Medical and sanitary report of the native army of Bengal for the year
Year: 1874
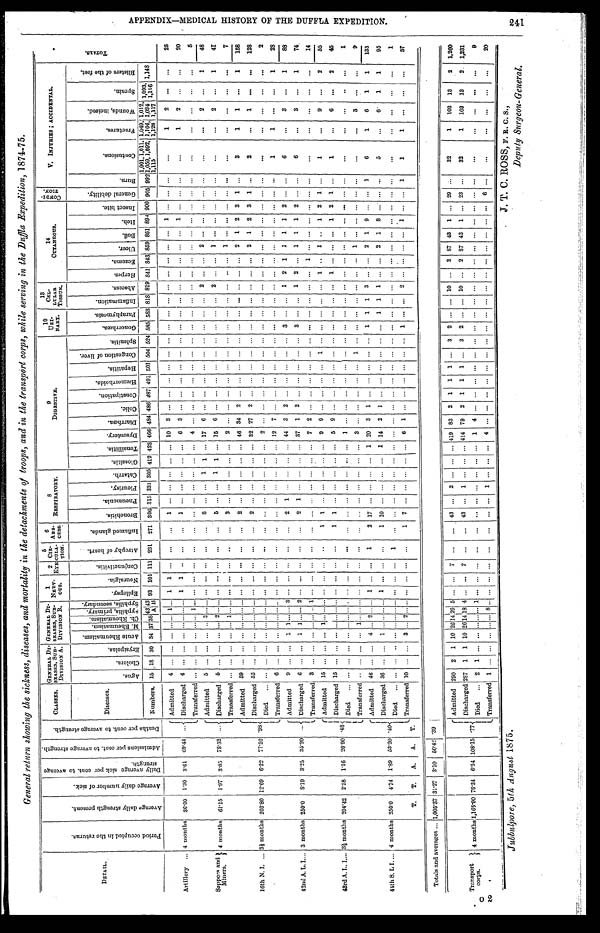
General return showing the sickness, diseases, and mortality in the detachments of troops, and in the transport cops, while serving in the Duffla Expedition, 1874-75.
DETAIL.
P e r i o d o c c u p i e d i n t h e r e t u e n s .
A v e r a g e d a i l y s t r e n g t h p r e s e n t .
A v e r a g e d a i l y n u m b e r o f s i c k .
D a i l y a v e r a g e s i c k p e r c o n t . t o a v e r a g e s t r e n g t h .
A d m i s s i o n s p e r c e n t . t o a v e r a g e s t r e n g t h .
D e a t h s p e r c e n t . t o a v e r a g e s t r e n g t h . CLASSES.
GENERAL DI - SEASES, SUB- DI VI SI ON A. GENERAL DI - SEASES, SUB- DI VI SI ON B. 1 N E R V - O U S .
2 EYE.
5 C I R - C U L A - T I O N . 6 A B S - C E S S .
8 R E S P I R A T O R Y .
9 D I G E S T I V E .
10 URI - NARY.
13 C E L - L U L A R T I S S U E .
14 CUT ANE OUS .
C O N D I T I O N .
V. INJURIES; ACCIDENTAL
.
Diseases.
Ag u e .
Chol e r a .
E r y s i p e l a s .
A c u t e R h e u m a t i s m .
M . R h e u m a t i s m .
C h . R h e u m a t i s m .
S y p h i l i s , p r i m a r y .
S y p h i l i s , s e c o n d a r y .
Epi l ops y. Ne ur a l gi a .
C o n j u n c t i v i t i s . A t r o p h y o f h e a r t . I n f l a me d g l a n d s .
B r o n c h i t i s . P n e u m o n i a . P l e u r i s y . C a t a r r h . G l o s s i t i s . T o n s i l l i t i s .
D y s e n t e r y . Di a r r h œa .
C o l i c .
C o n n s t i p a t i o n . H æ mo r r h o i d s .
He pa t i t i s .
C o n g e s t i o n o f l i v e .
S p l e n i t i s .
Go n o r r h œa . P a r a p h y m o s i s .
I n f l a m m a t i o n .
Abs c e s s . He r p e s . Ec z e ma . Ul c e r . Bo i l I t c h .
I n s e c t b i t e .
G e n e r a l d e b i l i t y .
Bur n.
C o n t u s i o n s .
F r a c t u r e s .
Wo u n d s , i n c i s e d .
Spr a i n.
B l i s t e r s o f t h e f e e t . T O T A L S .
Numbers. 15 18 30 34 37 38 43 A 43 B 93 101 111 231 271 306 315 331 305 412 423 466 484 486 487 491 501 504 524 585 588 818 819 841 843 859 861 894 900 905 992
1, 001, 1, 011, 1, 059, 1, 092, 1, 115 1, 049, 1, 104, 1, 128 1 , 0 1 2 , 1 , 0 9 4 1 , 1 1 7 1, 093, 1, 116 1,148
Artillery
4 months 36.00 1.30 3.61 69.44
. . .
Admitted 4 . . . . . . . . . . . .
... 1 . . .
1 1
. . .
... ...
1 . . . . . .
... ... ...
1 0 3 . . . . . .
... ... ... ... ...
. . . . . .
...
. . .
...
. . . . . . 1 . . .
...
. . .
. . .
1
2
. . . ...
2 5
Discharged 4 . . . . . . . . . . . .
... . . . . . . 1 1 . . . ... ...
1 . . . . . . . . . ... ... 6 3 . . . . . . ... ... ... ... ... . . . . . . ... . . . ... . . . . . . 1 . . . ... . . .
. . .
1
2
. . .
. . .
2 0
Transferred . . . . . . . . . . . . . . .
... 1 . . .
... ...
. . .
... ...
. . . . . . . . . . . . ......
4
. . . . . . . . . ... ... ... ... ... . . . . . . ... . . . ... . . . . . . . . . . . . ... . . .
. . .
. . .
. . .
. . .
. . .
5
Sappers and
Miners.
4 months 61.15 1.97 3.05 78.52 . . .
Admitted 5 . . . . . . . . . . . .
3 . . . . . .
... ...
. . .
... ...
8 . . . . . . 1 1 ...
1 7 6 . . . . . .
... ... ... ... ...
. . . . . .
2
. . .
...
2 . . . . . . . . .
...
. . .
. . .
. . .
2
. . .
1
4 8
Discharged 5 . . . . . . . . . . . . 2 . . . . . .
... ...
. . .
... ...
5 . . . . . . 1 1 ...
1 5 6 . . . . . .
... ... ... ... ...
. . . . . .
2
. . .
...
1 . . . . . . . . .
...
. . .
. . .
. . .
2
. . .
1
4 1
Transferred . . . . . . . . . . . . . . . 1 . . . . . . ... ...
. . . ... ...
3 . . . . . . . . .
... ...
2
. . . . . . . . .
... ... ... ... ...
. . . . . .
...
. . .
...
1 . . . . . . . . .
...
. . .
. . .
. . .
. . .
. . .
. . .
7
16th N. I. 3⅓ months 203.80 12.69 6.22 77.52
. 9 8 Admitted
5 9 . . . . . . . . . . . .
... . . . . . .
... ...
. . .
... ...
2 . . . . . . . . .
... ...
4 6 3 4 2 . . .
... ... ... ... ...
. . . . . .
...
. . . ...
2 1 2 3 1 . . .
3
1
1
. . .
1
1 5 8
Discharged
5 3 . . . . . . . . . . . .
... . . . . . .
... ...
. . .
... ...
2 . . . . . . . . .
... ...
3 2 2 7 2 . . .
... ... ... ... ...
. . . . . .
...
. . .
...
2 1 2 3 1
. . .
2
. . .
1
. . .
. . .
1 2 8
Died
. . . . . . . . . . . . . . .
... . . . . . .
... ...
. . .
... ...
. . . . . . . . . . . .
... ...
2
. . . . . . . . .
... ... ... ... ...
. . . . . . ... . . . ... . . . . . . . . . . . . ... . . .
. . .
. . .
. . .
. . .
. . .
2
Transferred 6 . . . . . . . . . . . .
... . . . . . . ... ... . . . ... ...
. . . . . . . . . . . .
... ...
1 2 7 . . . . . .
... ... ... ... ...
. . . . . .
...
. . .
...
. . . . . . . . . . . .
...
. . .
1
1
. . .
. . . 1
2 8
42nd A. L. I. 3 months 250.0
8 . 1 9 3.25 35.20
. . . Admitted
9 . . . . . . 1 1 ... . . . 3 ... ... . . . ... ...
2 1 . . . . . . ... ... 4 4 3 2 . . . ... ... ... ...
3 . . . . . . 1 2 1 1 1 1 2 ... . . .
6
. . .
3
. . .
1
8 8
Discharged
6 . . . . . . 1 1 ... . . . 2 ... ...
. . .
... ...
2 1 . . . . . .
... ...
3 7 1 2 . . .
... ... ... ... 3
. . . . . .
1
2 ...
1 1 1 2 ...
. . .
6
. . .
3
. . .
1
7 4
Transferred 3 . . . . . . . . . . . .
... . . . 1 ... ...
. . .
... ...
. . . . . . . . . . . .
... ...
7
2 . . . . . .
... ... ... ... ...
. . . . . .
...
. . .
1
. . . . . . . . . . . .
...
. . .
. . .
. . .
. . .
. . .
. . .
1 4
43rd A. L. I. 3½ months 204.42 2.38 1.16 26.90
. 4 8 Admitted
1 5 . . . . . . . . . 1 ... . . . . . .
... ...
. . .
...
1
1 . . . . . . . . .
... ...
9
9 . . . . . .
... ... 1 ... ...
. . . . . .
...
1 ... 1 . . . 1 2 1 . . .
1
. . .
9
. . .
2
5 5
Discharged 1 5 . . . . . . . . . . . .
... . . . . . . ... ...
. . . ... 1
1 . . . . . . . . .
... ...
5
9 . . . . . .
... ... ... ... ...
. . . . . .
...
1 ...
. . . . . . 1 2 1
. . .
1
. . .
6
. . . 2
4 5
Died
. . . . . . . . . . . . . . .
... . . . . . .
... ...
. . .
...
...
. . . . . . . . . . . . ... ...
1
. . . . . . . . .
... ... ... ... ... . . . . . . ...
. . .
...
. . . . . . . . . . . .
...
. . .
. . .
. . .
. . .
. . .
. . .
1
Transferred. . . . . . . . . . . . . 1 ... . . . . . .
... ...
. . .
... ...
. . . . . . . . . . . . ... ... 3
. . . . . . . . .
... ... 1 ... ...
. . . . . .
...
. . .
...
1 . . . . . . . . .
...
. . .
. . .
. . .
3
. . .
. . .
9
44h S. L I. 4 months 250.0 4.74 1.89 53.20
. 4 0 Admitted
4 6 . . . . . . 4 . . . 2 . . . . . . 1 ... . . . 1 2
1 7 . . . . . . . . .
...
1 2 0 3 1 . . . ... ... ... ... 1 1 1 3 . . . ... 2 1 9 . . . ... 1
6
1
6
1
1
1 3 3
Discharged 3 6 . . . . . . 1 . . .
... . . . . . . 1 ... . . . ... 1
1 0 . . . . . . . . .
... 1
1 4 2 1 . . .
... ... ... ... ...
1
1 1
. . .
...
2 1 8 . . .
...
. . .
5
. . .
6
1
1
9 5
Died
. . .
. . . . . . . . . . . .
... . . . . . . ... ...
. . .
1
...
. . . . . . . . . . . . ... ... . . . . . . . . . . . . ... ... ... ... ...
. . . . . .
...
. . . ... . . . . . . . . . . . . ... . . .
. . .
. . .
. . . ...
. . .
1
T. T. A. A. T.
Transferred 1 0 . . . . . . 3 . . . 2 . . . . . .
... ...
. . .
... 1
7 . . . . . . . . .
... ...
6
1 . . . . . .
... ... ... ... 1
. . . . . .
2
. . .
...
. . . . . . 1 . . .
...
1
1
1
. . . ...
. . .
3 7
Totals and averages 1,005.37 31.27 3.10 50.421.39
Transport 1
corps.
4 months 1,165.90 76.34 6.54 108.15
. 7 7 Admitted
2 9 0 2 1 1 0 2 0 14 2 6 5 ... ... 7 ... ...
4 3 . . . 2 ... ... ... 4 1 9 8 2 2 1 1 1 ... 3 2 . . . . . . 10 . . . 2
8 7 4 3 1 . . . 29 . . .
3 2
1
1 0 3
1 3
2
1 , 2 6 0
Discharged 2 8 7 1 1 1 0 2 6 14 1 8 4 ... ... 7 ... ...
4 3 . . . 1 ... ... ... 4 1 4 7 9 2 1 1 1 ... 3 2 . . . . . . 10 . . . 2
8 7 4 3 1 . . . 23 . . .
3 2
1
1 0 3
1 3
2
1 , 2 3 1
Died.
2 1 . . . . . . . . .
... . . . 1 ... ...
. . .
... ...
. . . . . . . . .
... ... ...
1
4 . . . . . .
... ... ... ... ...
. . . . . .
...
. . .
...
. . . . . . . . . . . .
...
. . .
. . .
. . .
. . .
. . .
. . .
9
Transferred 1 . . .
. . . . . . . . .
... 8 . . .
... ...
. . .
... ...
. . . . . . 1 ... ... ...
4
. . . . . . . . .
... ... ... ... ...
. . . . . .
...
. . .
...
. . . . . . . . . . . .
...
. . .
. . .
. . .
. . . ... ...
2 0
J . T. C. ROSS, F. R. C. S. ,
Deputy Surgeon-General.
Jubbulpore, 5 th August 1875.
A P P E N D I X — M E D I C A L H I S T O R Y O F T H E D U F F L A E X P E D I T I O N .
241.